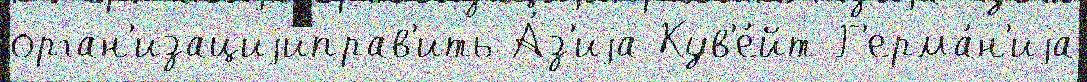
орган'изациjиправ'ить А́з'иjа Кув'е́йт Г'ерма́н'иjа